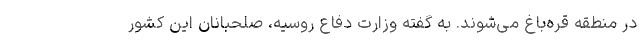
در منطقه قره‌باغ می‌شوند. به گفته وزارت دفاع روسیه، صلحبانان این کشور